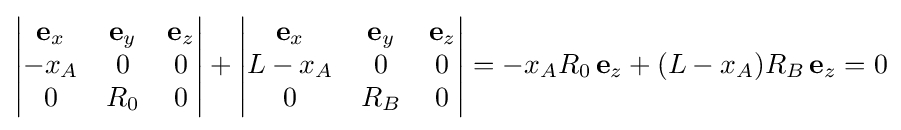
\left|{\begin{matrix}\mathbf {e} _{x}&\mathbf {e} _{y}&\mathbf {e} _{z}\\-x_{A}&0&0\\0&R_{0}&0\end{matrix}}\right|+\left|{\begin{matrix}\mathbf {e} _{x}&\mathbf {e} _{y}&\mathbf {e} _{z}\\L-x_{A}&0&0\\0&R_{B}&0\end{matrix}}\right|=-x_{A}R_{0}\,\mathbf {e} _{z}+(L-x_{A})R_{B}\,\mathbf {e} _{z}=0